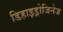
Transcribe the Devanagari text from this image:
डिहाइड्रोजिनेज